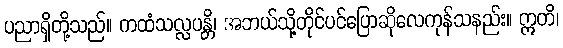
ပညာရှိတို့သည်။ ကထံသလ္လပန္တိ၊ အဘယ်သို့တိုင်ပင်ပြောဆိုလေကုန်သနည်း။ ဣတိ၊